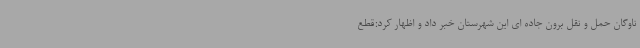
ناوگان حمل و نقل برون جاده ای این شهرستان خبر داد و اظهار کرد:قطع